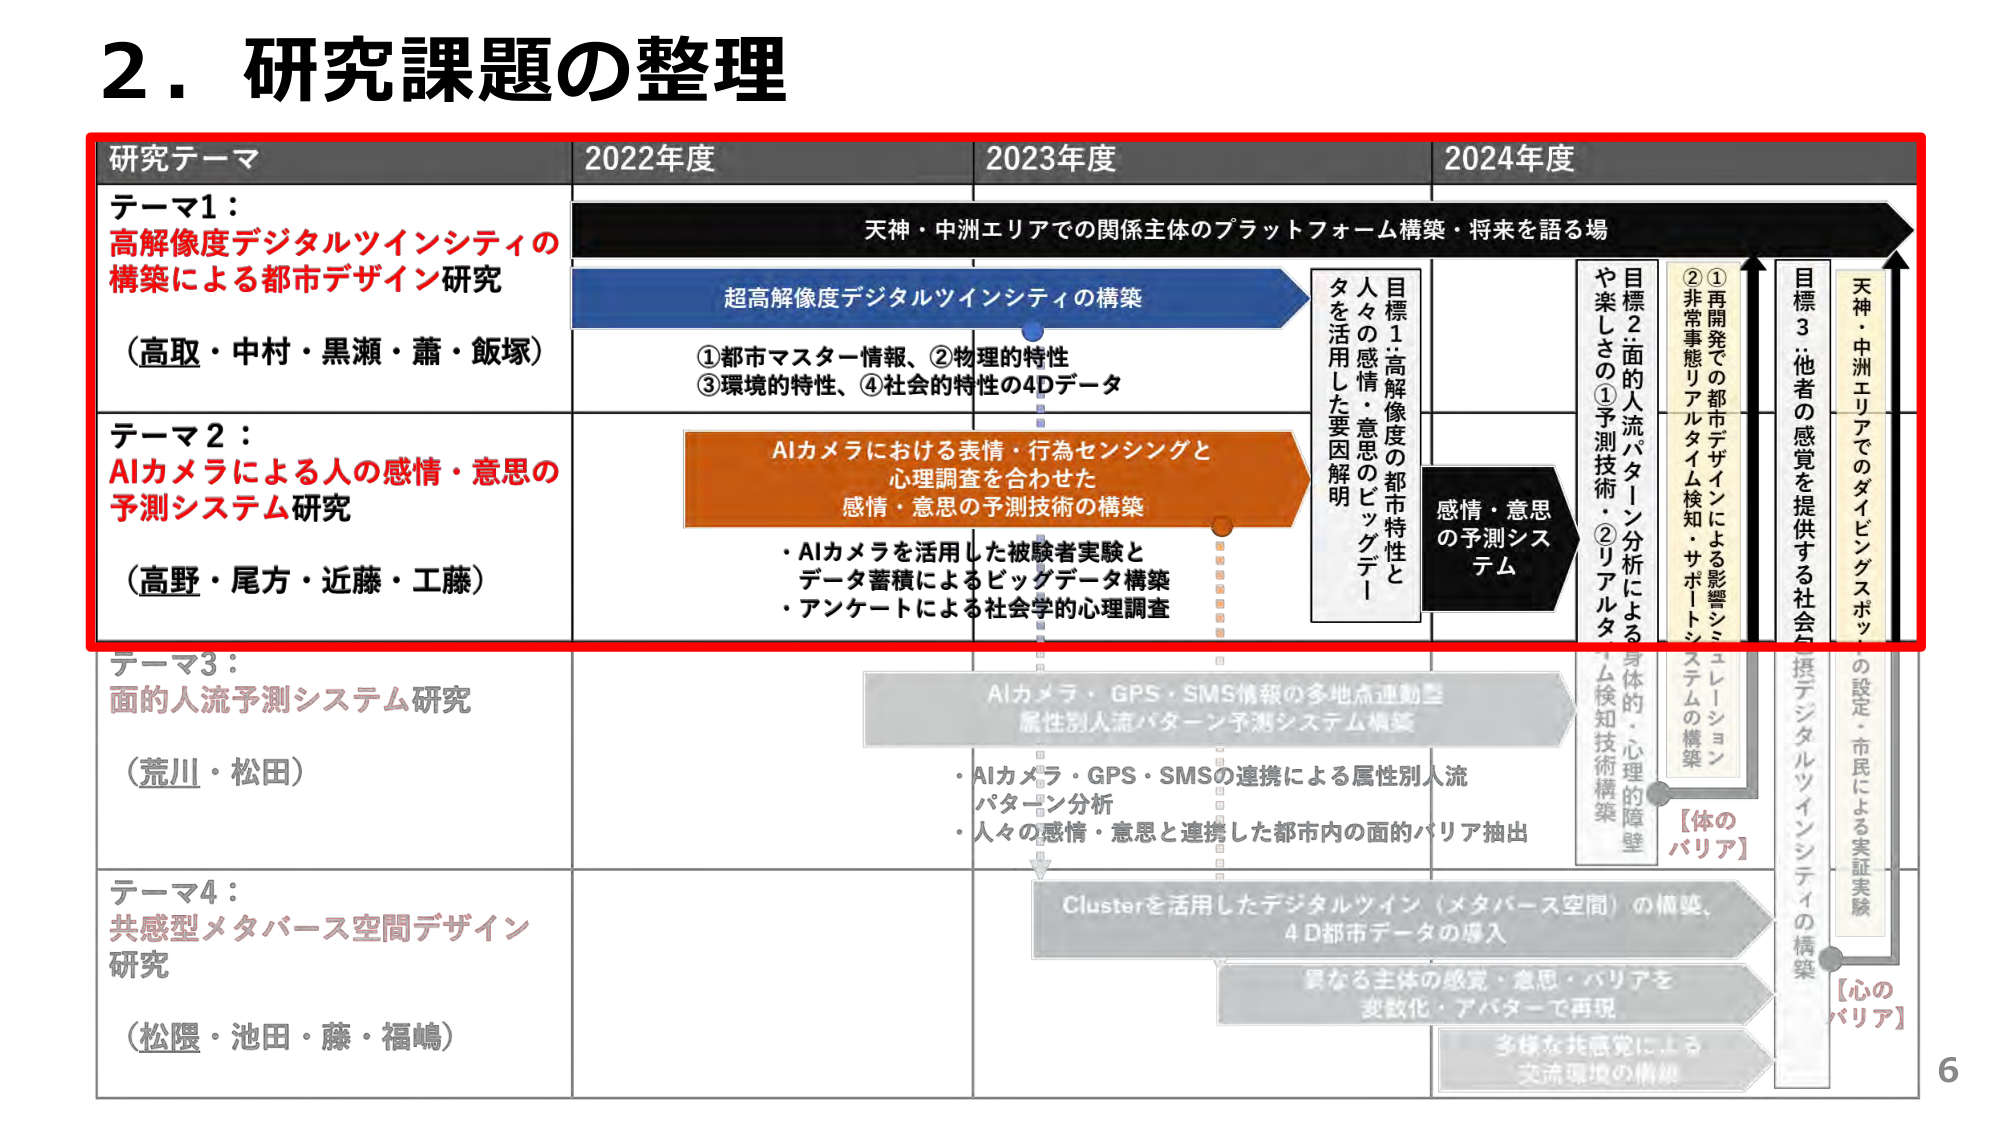
2．研究課題の整理

研究テーマ 2022年度 2023年度 2024年度

テーマ1：
高解像度デジタルツインシティの
構築による都市デザイン研究
（高取・中村・黒瀬・蕭・飯塚）

天神・中洲エリアでの関係主体のプラットフォーム構築・将来を語る場

超高解像度デジタルツインシティの構築
①都市マスター情報、②物理的特性
③環境的特性、④社会的特性の4Dデータ

目標1：高解像度の都市特性と
人々の感情・意思のビッグデータ
を活用した要因解明

目標2：面的人流パターン分析による
や楽しさの①予測技術・②リアルタイム検知技術構築
①再開発での都市デザインによる影響シミュレーション
②非常事態リアルタイム検知・サポートシステムの構築

目標3：他者の感覚を提供する社会共感型デジタルツインシティの構築
天神・中洲エリアでのダイビングスポットの設定・市民による実証実験

テーマ2：
AIカメラによる人の感情・意思の
予測システム研究
（高野・尾方・近藤・工藤）

AIカメラにおける表情・行為センシングと
心理調査を合わせた
感情・意思の予測技術の構築
・AIカメラを活用した被験者実験と
データ蓄積によるビッグデータ構築
・アンケートによる社会学的心理調査

感情・意思
の予測システム

テーマ3：
面的人流予測システム研究
（荒川・松田）

AIカメラ・GPS・SMS情報の多地点連動型
属性別人流パターン予測システム構築
・AIカメラ・GPS・SMSの連携による属性別人流
パターン分析
・人々の感情・意思と連携した都市内の面的バリア抽出

【体のバリア】

テーマ4：
共感型メタバース空間デザイン
研究
（松隈・池田・藤・福嶋）

Clusterを活用したデジタルツイン（メタバース空間）の構築、
4D都市データの導入
異なる主体の感覚・意思・バリアを
変数化・アバターで再現
多様な共感覚による
交流環境の構築

【心のバリア】

6